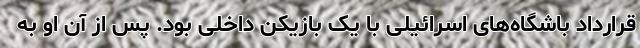
قرارداد باشگاه‌های اسرائیلی با یک بازیکن داخلی بود. پس از آن او به